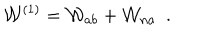
{ \cal W } ^ { ( 1 ) } = { \cal W } _ { a b } + { \cal W } _ { n a } \ \ .